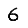
Digit: 6